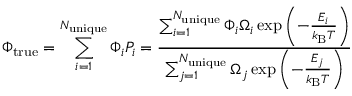
\Phi _ { \mathrm { t r u e } } = \sum _ { i = 1 } ^ { N _ { \mathrm { u n i q u e } } } \Phi _ { i } P _ { i } = \frac { \sum _ { i = 1 } ^ { N _ { \mathrm { u n i q u e } } } \Phi _ { i } \Omega _ { i } \exp { \left( - \frac { E _ { i } } { k _ { \mathrm { B } } T } \right) } } { \sum _ { j = 1 } ^ { N _ { \mathrm { u n i q u e } } } \Omega _ { j } \exp { \left( - \frac { E _ { j } } { k _ { \mathrm { B } } T } \right) } }